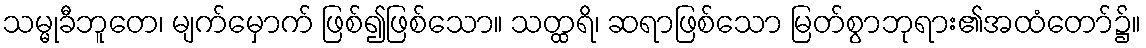
သမ္မုခီဘူတေ၊ မျက်မှောက် ဖြစ်၍ဖြစ်သော။ သတ္ထရိ၊ ဆရာဖြစ်သော မြတ်စွာဘုရား၏အထံတော်၌။